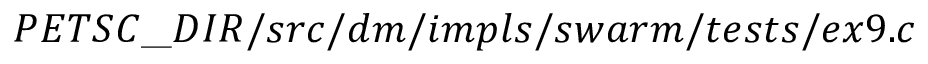
\ P E T S C \_ D I R / s r c / d m / i m p l s / s w a r m / t e s t s / e x 9 . c